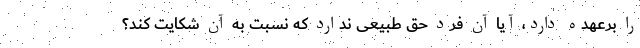
را برعهده دارد، آیا آن فرد حق طبیعی ندارد که نسبت به آن شکایت کند؟